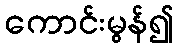
ကောင်းမွန်၍